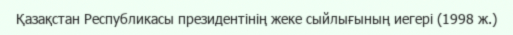
Қазақстан Республикасы президентінің жеке сыйлығының иегері (1998 ж.)